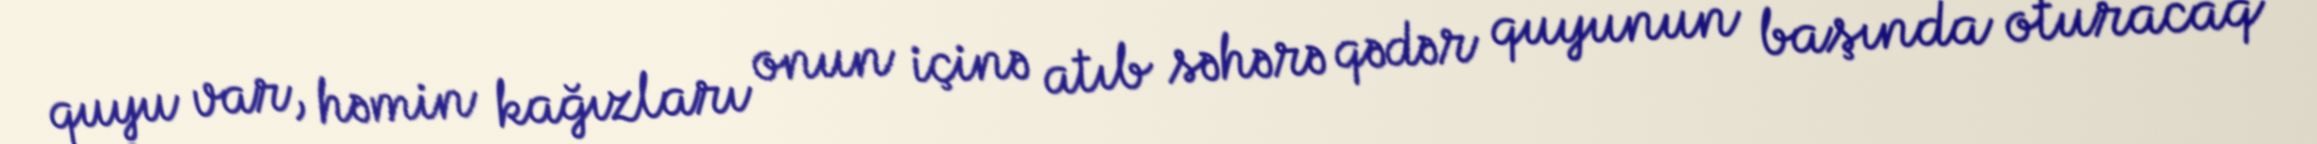
quyu var, həmin kağızları onun içinə atıb səhərə qədər quyunun başında oturacaq